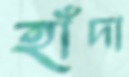
হাঁদা